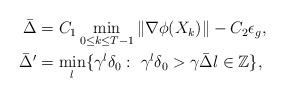
LaTeX: \begin{align*} \begin{aligned} \bar\Delta &= C_1 \min_{0\le k \le T-1} \|\nabla\phi(X_k)\| - C_2 \epsilon_g, \\ \bar\Delta' &= \min_l\{\gamma^l \delta_0:~ \gamma^l \delta_0 > \gamma \bar\Delta l \in \mathbb{Z}\},\end{aligned} \end{align*}